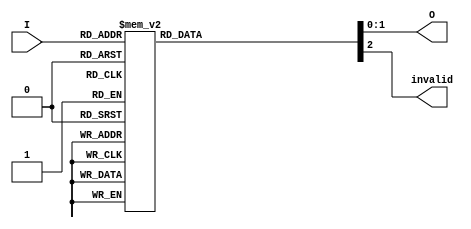
module multilevel_encoder (
    input wire [3:0] I,     // 4 input lines
    output reg [1:0] O,     // 2 output lines
    output reg invalid       // Invalid signal
);

// Always block for encoding logic
always @(*) begin
    // Default output
    O = 2'b00; // Default output
    invalid = 1'b1; // Assume invalid initially

    case (I)
        4'b0001: begin O = 2'b00; invalid = 1'b0; end // I0 is high
        4'b0010: begin O = 2'b01; invalid = 1'b0; end // I1 is high
        4'b0100: begin O = 2'b10; invalid = 1'b0; end // I2 is high
        4'b1000: begin O = 2'b11; invalid = 1'b0; end // I3 is high
        4'b0011: begin O = 2'b00; invalid = 1'b0; end // I0 or I1 is high (I0 takes priority)
        4'b0101: begin O = 2'b01; invalid = 1'b0; end // I0 or I2 is high (I0 takes priority)
        4'b1001: begin O = 2'b00; invalid = 1'b0; end // I0 or I3 is high (I0 takes priority)
        4'b0110: begin O = 2'b10; invalid = 1'b0; end // I1 or I2 is high (I1 takes priority)
        4'b1010: begin O = 2'b01; invalid = 1'b0; end // I1 or I3 is high (I1 takes priority)
        4'b1100: begin O = 2'b10; invalid = 1'b0; end // I2 or I3 is high (I2 takes priority)
        4'b1110: begin O = 2'b10; invalid = 1'b0; end // I2 or I3 with I1 (I2 takes priority)
        4'b1111: begin O = 2'b11; invalid = 1'b0; end // All inputs high (I3 takes priority)
        default: begin O = 2'b00; invalid = 1'b1; end // No input is high
    endcase
end

endmodule